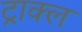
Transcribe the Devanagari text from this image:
ट्राक्ल